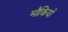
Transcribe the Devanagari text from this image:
मौकियों